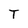
Character: T